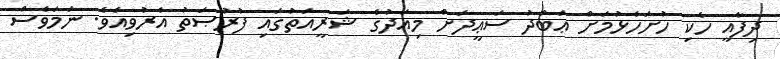
ދިފާއީ ހެކި ހުށަހެޅުމަށް ޢަބްދު ސަޢީދަށް މިއަދުގެ ޝަރީއަތުގައި ފުރުޞަތު އެރުވިއެވެ. ނަމަވެސް